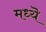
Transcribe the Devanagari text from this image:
मध्यॆ